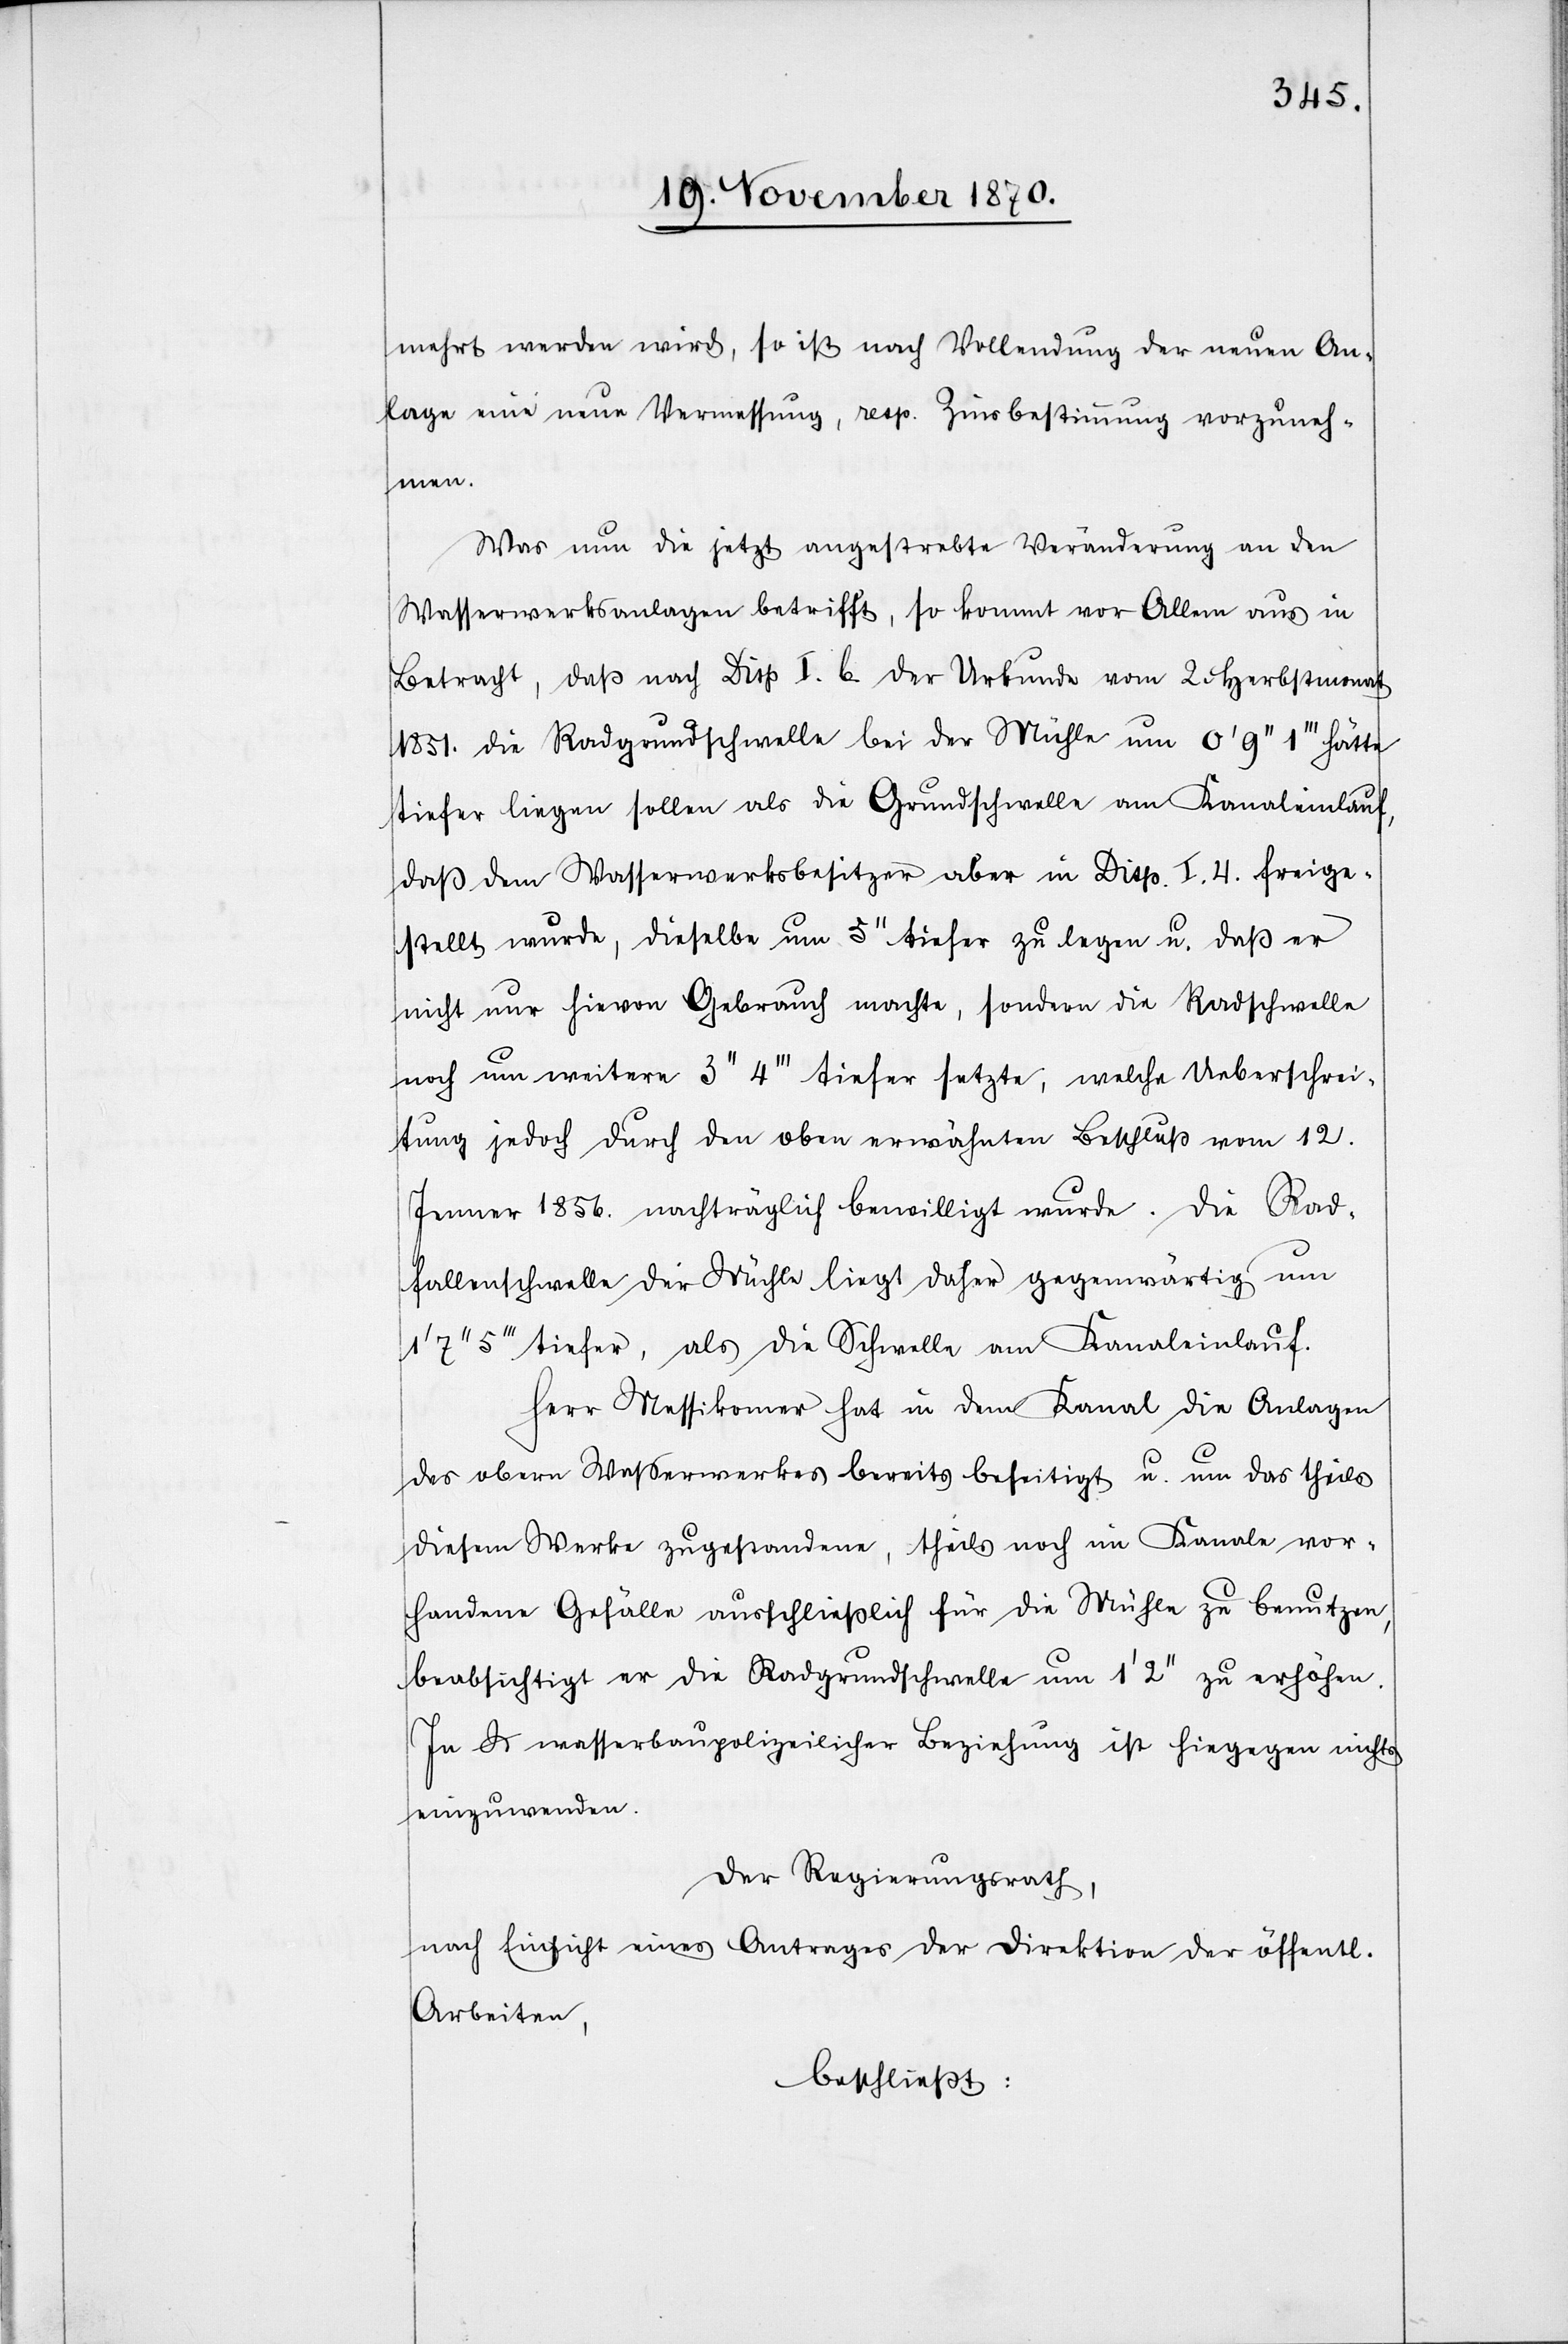
mehrt werden wird, so ist nach Vollendung der neuen An¬
lage eine neue Vermessung, resp. Zinsbestimmung vorzuneh¬
men.
Was nun die jetzt angestrebte Veränderung an den
Wassserwerksanlagen betrifft, so kommt vor Allem aus in
Betracht, daß nach Disp I. b. der Urkunde vom 2 Herbstmonat
1851. die Radgrundschwelle bei der Mühle um 0’ 9’’ 1’’’ hätte
tiefer liegen sollen als die Grundschwelle am Kanaleinlauf,
daß dem Wasserwerksbesitzer aber in Disp. I. 4. freige¬
stellt wurde, dieselbe um 5’’ tiefer zu legen u. daß er
nicht nur hievon Gebrauch machte, sondern die Radschwelle
noch um weitere 3’’ 4’’’ tiefer setzte, welche Ueberschrei¬
tung jedoch durch den oben erwähnten Beschluß vom 12.
Jenner 1856. nachträglich bewilligt wurde. Die Rad¬
fallenschwelle der Mühle liegt daher gegenwärtig um
5’’’ tiefer, als die Schwelle am Kanaleinlauf.
Herr Messikomer [sic!] hat in dem Kanal die Anlagen
des obern Wasserwerkes bereits beseitigt u. um das theils
diesem Werke zugestandene, theils noch im Kanale vor¬
handene Gefälle ausschließlich für die Mühle zu benutzen,
beabsichtigt er die Radgrundschwelle um 1’ 2’’ zu erhöhen.
In wasserbaupolizeilicher Beziehung ist hiegegen nichts
einzuwenden.
Der Regierungsrath,
nach Einsicht eines Antrages der Direktion der öffentl.
Arbeiten,
beschließt: